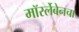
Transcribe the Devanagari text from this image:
मॉर्स्लेबेनचा